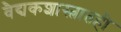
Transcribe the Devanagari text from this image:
वैद्यकशास्त्रातही